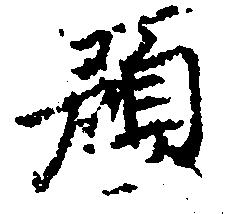
預